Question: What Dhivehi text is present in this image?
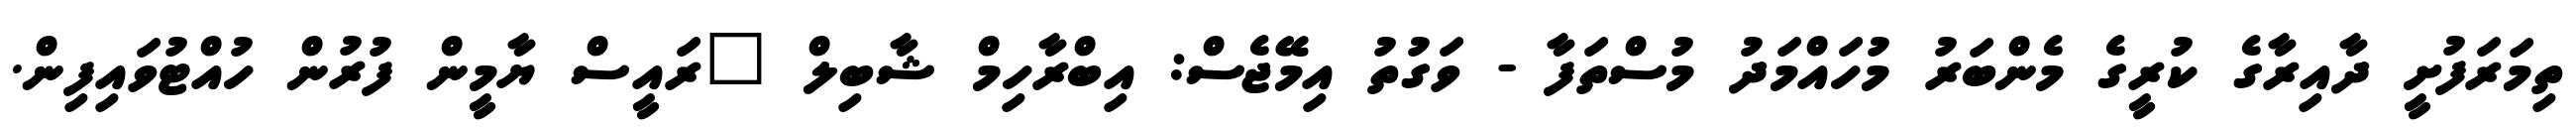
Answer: ތިމަރަފުށީ ދާއިރާގެ ކުރީގެ މެންބަރު މުހައްމަދު މުސްތަފާ - ވަގުތު އިމޭޖެސް: އިބްރާހިމް ޝާބިލް "ރައީސް ޔާމީން ފުރުން ހުއްޓުވައިފިން.